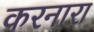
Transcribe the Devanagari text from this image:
करनारा